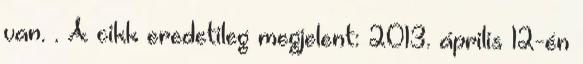
van. . A cikk eredetileg megjelent: 2013. április 12-én